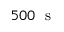
5 0 0 \ \mathrm { ~ s ~ }